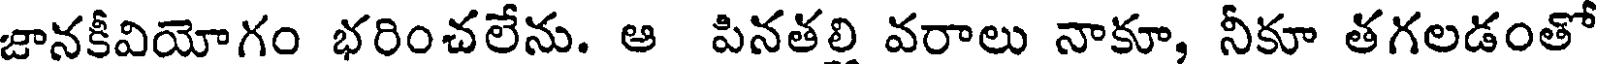
జానకీవియోగం భరించలేను. ఆ పినతల్లి వరాలు నాకూ, నీకూ తగలడంతో